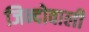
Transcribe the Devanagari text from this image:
जिन्दोवाली